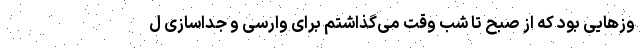
وزهایی بود که از صبح تا شب وقت می‌گذاشتم برای ‌وارسی و جداسازی ‌ل